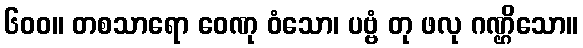
၆၀၀။ တစသာရော ဝေဏု ဝံသော၊ ပဗ္ဗံ တု ဖလု ဂဏ္ဌိသော။